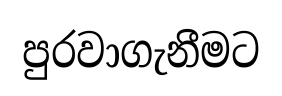
පුරවාගැනීමට